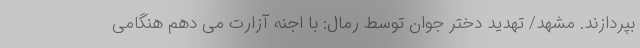
بپردازند. مشهد/ تهدید دختر جوان توسط رمال: با اجنه آزارت می دهم هنگامی